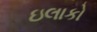
ઇલાકો